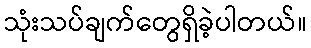
သုံးသပ်ချက်တွေရှိခဲ့ပါတယ်။